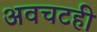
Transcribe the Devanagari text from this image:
अवचटही